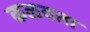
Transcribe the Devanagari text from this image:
कळवता